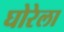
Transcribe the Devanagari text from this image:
घोरेला